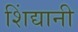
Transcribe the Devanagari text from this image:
शिंद्यानी